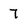
Character: 7